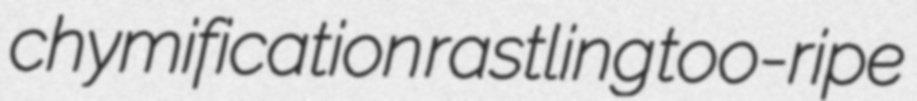
chymification rastling too-ripe